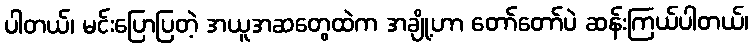
ပါတယ်၊ မင်းပြောပြတဲ့ အယူအဆတွေထဲက အချို့ဟာ တော်တော်ပဲ ဆန်းကြယ်ပါတယ်၊